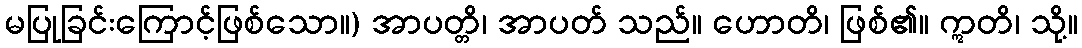
မပြုခြင်းကြောင့်ဖြစ်သော။) အာပတ္တိ၊ အာပတ် သည်။ ဟောတိ၊ ဖြစ်၏။ ဣတိ၊ သို့။